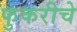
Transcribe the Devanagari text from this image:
फुंकरीचे